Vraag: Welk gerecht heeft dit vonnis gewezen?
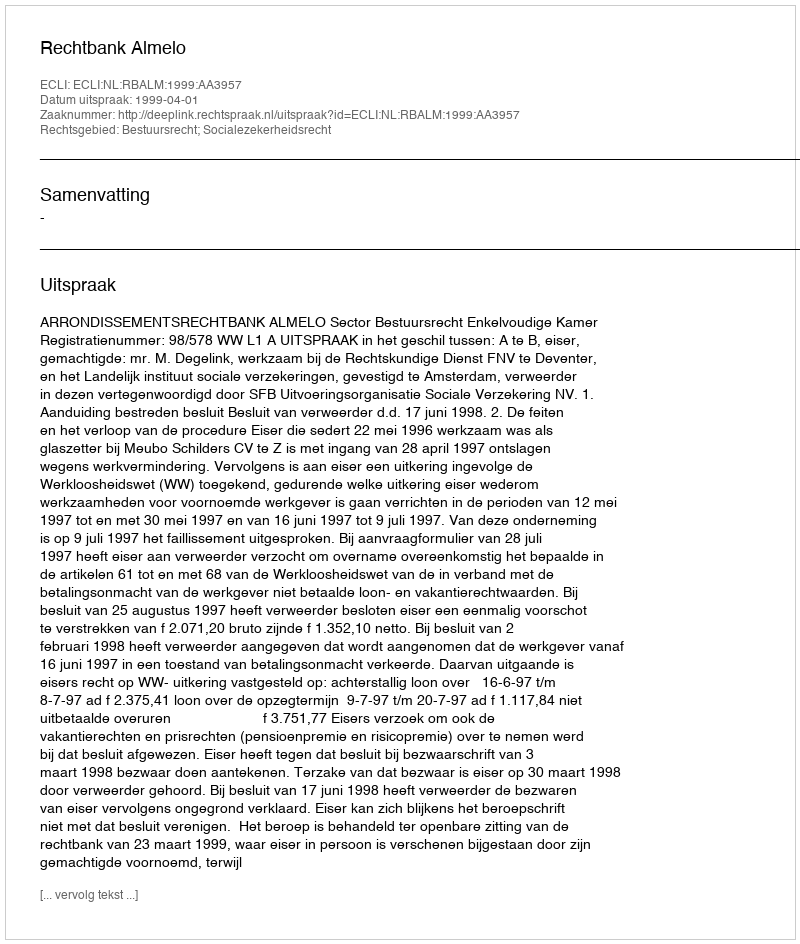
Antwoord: Rechtbank Almelo